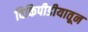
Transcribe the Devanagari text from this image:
विकिपीडीयातून